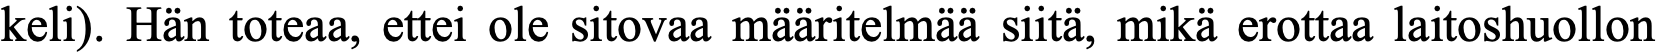
keli). Hän toteaa, ettei ole sitovaa määritelmää siitä, mikä erottaa laitoshuollon